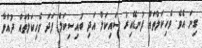
ގިނަ އެވެ. ވެހިކަލްތައް ފުނޑޭއިރު ސައިކަލް އަދި ބައިސިކަލް ފަދަ ވެހިކަލްތައް ދުއްވާ